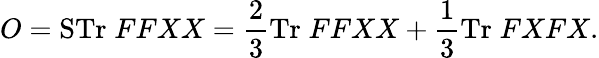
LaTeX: O=\mathrm{STr}\; FFXX=\frac{2}{3}\mathrm{Tr}\; FFXX+\frac{1}{3}\mathrm{Tr}\; FXFX.